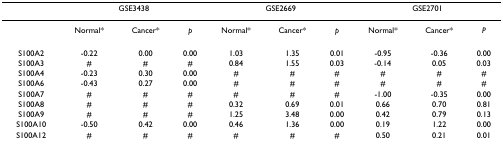
|  | <COLSPAN=3> GSE3438 | <COLSPAN=3> GSE2669 | <COLSPAN=3> GSE2701 |
 | --- | --- | --- | --- | --- | --- | --- | --- | --- | --- |
 |  | Normal* | Cancer* | p | Normal* | Cancer* | p | Normal* | Cancer* | P |
 | S100A2 | -0.22 | 0.00 | 0.00 | 1.03 | 1.35 | 0.01 | -0.95 | -0.36 | 0.00 |
 | S100A3 | # | # | # | 0.84 | 1.55 | 0.03 | -0.14 | 0.05 | 0.03 |
 | S100A4 | -0.23 | 0.30 | 0.00 | # | # | # | # | # | # |
 | S100A6 | -0.43 | 0.27 | 0.00 | # | # | # | # | # | # |
 | S100A7 | # | # | # | # | # | # | -1.00 | -0.35 | 0.00 |
 | S100A8 | # | # | # | 0.32 | 0.69 | 0.01 | 0.66 | 0.70 | 0.81 |
 | S100A9 | # | # | # | 1.25 | 3.48 | 0.00 | 0.42 | 0.79 | 0.13 |
 | S100A10 | -0.50 | 0.42 | 0.00 | 0.46 | 1.36 | 0.00 | 0.19 | 1.22 | 0.00 |
 | S100A12 | # | # | # | # | # | # | 0.50 | 0.21 | 0.01 |